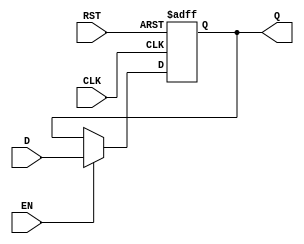
module OutputRegister (
    input wire D,      // Data input
    input wire CLK,    // Clock input
    input wire EN,     // Enable input
    input wire RST,    // Asynchronous reset
    output reg Q       // Data output
);

// Always block to capture data on the rising edge of the clock
always @(posedge CLK or posedge RST) begin
    if (RST) begin
        Q <= 1'b0; // Reset the output to 0 on RST
    end else if (EN) begin
        Q <= D;    // Capture the input data if enabled
    end
    // If EN is low, Q retains its previous value
end

endmodule